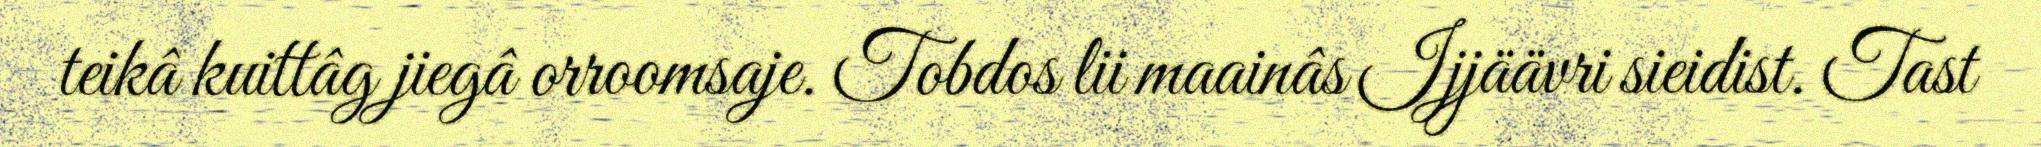
teikâ kuittâg jiegâ orroomsaje. Tobdos lii maainâs Ijjäävri sieidist. Tast